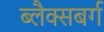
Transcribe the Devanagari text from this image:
ब्लैक्सबर्ग